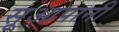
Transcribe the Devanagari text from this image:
सूआपानी